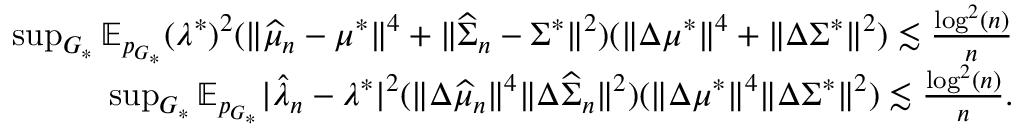
\begin{array} { r } { \operatorname* { s u p } _ { G _ { * } } \mathbb { E } _ { p _ { G _ { * } } } ( \lambda ^ { * } ) ^ { 2 } ( \| \widehat { \mu } _ { n } - \mu ^ { * } \| ^ { 4 } + \| \widehat { \Sigma } _ { n } - \Sigma ^ { * } \| ^ { 2 } ) ( \| \Delta \mu ^ { * } \| ^ { 4 } + \| \Delta \Sigma ^ { * } \| ^ { 2 } ) \lesssim \frac { \log ^ { 2 } ( n ) } { n } } \\ { \operatorname* { s u p } _ { G _ { * } } \mathbb { E } _ { p _ { G _ { * } } } | \widehat { \lambda } _ { n } - \lambda ^ { * } | ^ { 2 } ( \| \Delta \widehat { \mu } _ { n } \| ^ { 4 } \| \Delta \widehat { \Sigma } _ { n } \| ^ { 2 } ) ( \| \Delta \mu ^ { * } \| ^ { 4 } \| \Delta \Sigma ^ { * } \| ^ { 2 } ) \lesssim \frac { \log ^ { 2 } ( n ) } { n } . } \end{array}